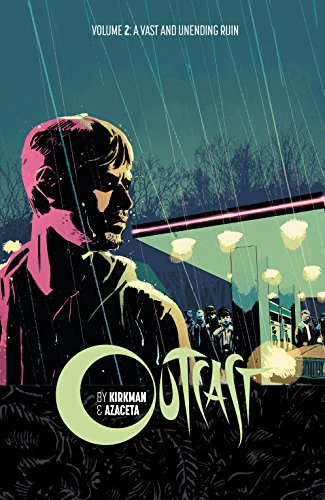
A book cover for Outcast by Kirkman & Azaceta Volume 2: A Vast and Unending Ruin (Outcast by Kirkman & Azaceta Tp); Robert Kirkman; Comics & Graphic Novels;